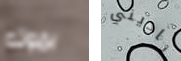
بموته ناديني